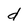
Character: d